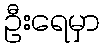
ဦးရေမှာ